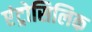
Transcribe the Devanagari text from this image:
एंट्रोसिलिक